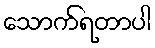
သောက်ရတာပါ